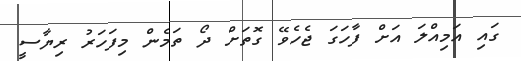
ގައި އަމިއްލަ އަށް ފާހަގަ ޖެހެވޭ ގޮތަށް ދޯ ތަމެން މިފަހަރު ރިޔާސީ